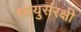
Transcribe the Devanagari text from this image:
स्नायुसंरक्षी